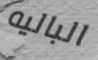
الباليه